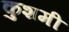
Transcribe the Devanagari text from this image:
कुशमी